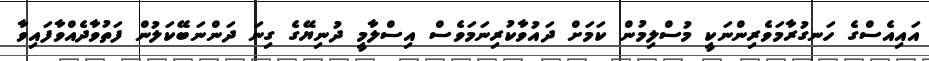
އައިއެސްގެ ހަނގުރާމަވެރިންނަކީ މުސްލިމުން ކަމަށް ދައުވާކުރިނަމަވެސް އިސްލާމީ ދުނިޔޭގެ ގިނަ ދަންނަބޭކަލުން ފަތުވާދެއްވާފައިވާ